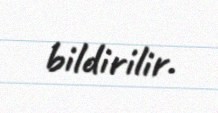
bildirilir.